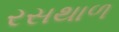
રસથાળ